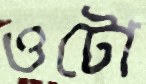
ওটো